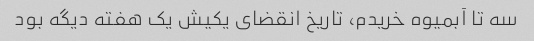
سه تا آبمیوه خریدم، تاریخ انقضای یکیش یک هفته دیگه بود